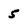
Character: 5